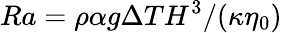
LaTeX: Ra=\rho\alpha g\Delta TH^{3}/(\kappa\eta_{0})